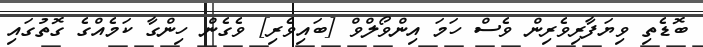
ބޮޑެތި ވިޔަފާރިވެރިން ވެސް ހަަމަ އިންވޯލްވް [ބައިވެރި] ވެގެން ހިންގާ ކަމެއްގެ ގޮތުގައި